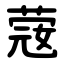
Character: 䓻